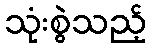
သုံးစွဲသည့်